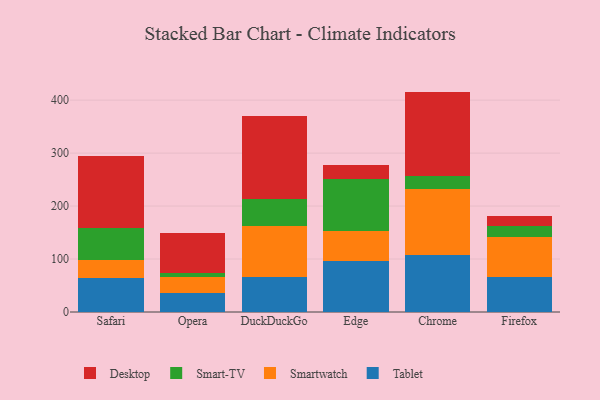
{"axis": {"x": "Browser", "y": "Production Output"}, "legend": ["Desktop", "Smart-TV", "Smartwatch", "Tablet"], "data": [{"x": "Safari", "y": 64.2, "type": "Tablet"}, {"x": "Safari", "y": 34.4, "type": "Smartwatch"}, {"x": "Safari", "y": 60.6, "type": "Smart-TV"}, {"x": "Safari", "y": 134.8, "type": "Desktop"}, {"x": "Opera", "y": 36.1, "type": "Tablet"}, {"x": "Opera", "y": 30.3, "type": "Smartwatch"}, {"x": "Opera", "y": 7.6, "type": "Smart-TV"}, {"x": "Opera", "y": 75.5, "type": "Desktop"}, {"x": "DuckDuckGo", "y": 66.8, "type": "Tablet"}, {"x": "DuckDuckGo", "y": 95.2, "type": "Smartwatch"}, {"x": "DuckDuckGo", "y": 51.3, "type": "Smart-TV"}, {"x": "DuckDuckGo", "y": 156.5, "type": "Desktop"}, {"x": "Edge", "y": 95.6, "type": "Tablet"}, {"x": "Edge", "y": 56.5, "type": "Smartwatch"}, {"x": "Edge", "y": 99.8, "type": "Smart-TV"}, {"x": "Edge", "y": 25.9, "type": "Desktop"}, {"x": "Chrome", "y": 108.5, "type": "Tablet"}, {"x": "Chrome", "y": 123.6, "type": "Smartwatch"}, {"x": "Chrome", "y": 23.8, "type": "Smart-TV"}, {"x": "Chrome", "y": 160.2, "type": "Desktop"}, {"x": "Firefox", "y": 65.7, "type": "Tablet"}, {"x": "Firefox", "y": 75.0, "type": "Smartwatch"}, {"x": "Firefox", "y": 21.4, "type": "Smart-TV"}, {"x": "Firefox", "y": 19.7, "type": "Desktop"}]}